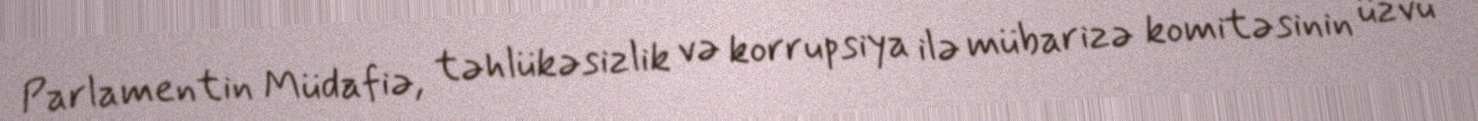
Parlamentin Müdafiə, təhlükəsizlik və korrupsiya ilə mübarizə komitəsinin üzvü